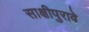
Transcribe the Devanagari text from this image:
साक्षीपुरावे